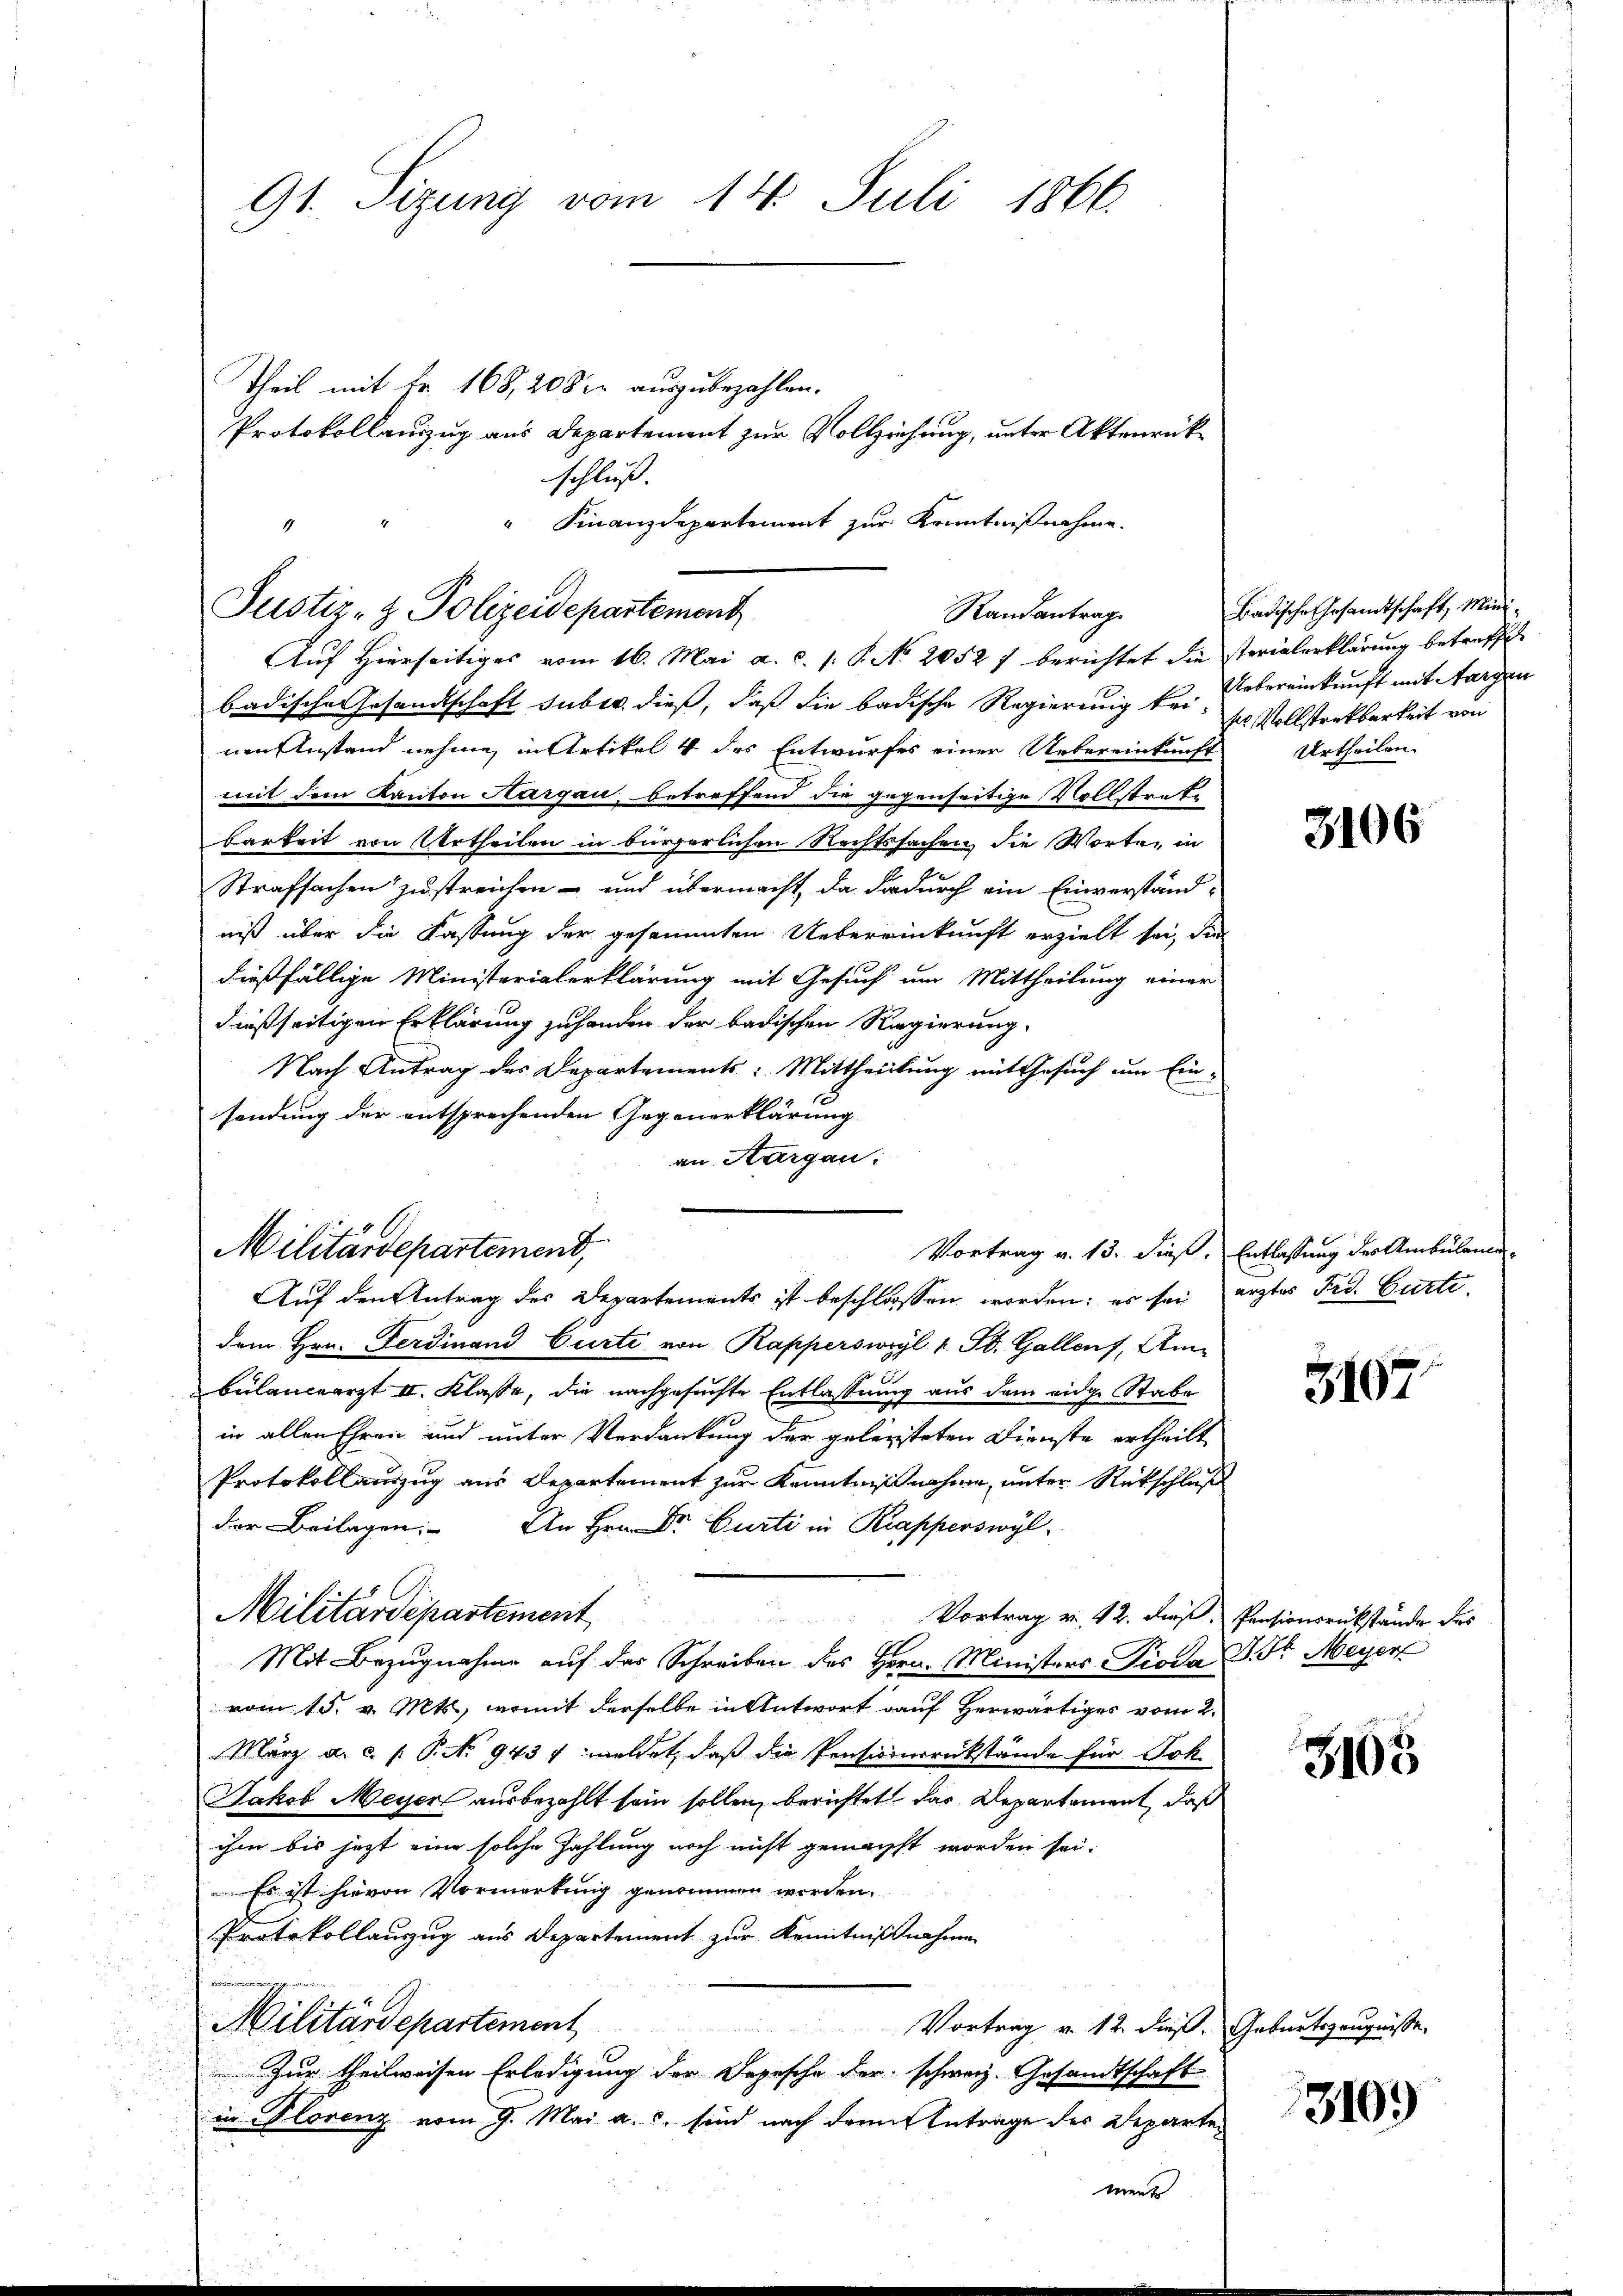
Theil mit Fr. 168,2082 auszubezahlen.
Protokollanzug aus Departement zur Vollziehung, unter Aktenrückschluß.
" Finanzdepartement zur Kenntnißnahme.

Justiz- & Polizeidepartement
Randantrag
Auf Hierseitiges vom 16. Mai a. c. s. P. No 20527 berichtet die sterialerklärung betreffet

91. Sizung vom 14. Juli 1866.

Militärdepartement,
Vortrag v. 13. dieß, Entlassung des Ambulane
Auf den Antrag des Departements ist beschlossen worden; es sei erztes Frd. Gurte

badische Gesandtschaft suber dieß, daß die badische Regierung für Uebereinkunft mit argen
um Anstand nehme, in Artikel 4 des Entwurfes einer Uebereinkunft Urtheilen
mit dem Kanton Aargau, betreffend die gegenseitige Vollstrate
Barkeit von Urtheilen in bürgerlichen Rechtssachen, die Worten in
Strafsachen zustreichen- und übermacht, da dadurch ein Einverständniß über die Fassung der gesammten Uebereinkunft erzielt sei, die
dießfällige Ministerialerklärung mit Gesuch um Mittheilung einer
dießseitigen Erklärung zu handen der badischen Regierung
Nach Antrag des Departements: Mittheilung mit Gesuch um Einsendung der entsprechenden Gegenerklärung
an Thurgau:

Badische Gesandtschaft, Mini¬
Er Vollstreckbarkeit von

dem Hrn. Ferdinand Curti von Rapperswyl 1 St. Gallens, Am
bülanceärzt II. Klasse, die nachgesuchte Entlassung aus dem eidge Stabe
in allen Ehren und unter Verdankung der geleisteten Dienste ertheilt
Protokollauszug aus Departement zur Kenntniß nahme, unter Rückschluß
der Beilagen: An Hrn. Dr. Curti in Krapperswyl,
Militärdepartement
Vortrag v. 12. dieß. Pensionsrükstände des
Mit Bezugnahme auf der Schreiben des Herr Ministers Pioda S. Fr. Meyer
vom 15. v. Mts., womit derselbe in Antwort auf herwärtiges vom 2.
März a. c. f. P. No 9437 meldet, daß die Pensionsrückstände für Dok
Jakob Meyer ausbezahlt sein sollen, berichtet das Departement, daß
ihm bis jetzt eine solche Zahlung noch nicht gemacht worden sei.
Es ist hievon Vormerkung genommen worden.
Protokollauzug aus Departement zur Kenntnißnahmen
Militärdepartement
Vortrag v. 12 dieß. Geburtsze
Zur theilweisen Erledigung der Depesche der schweiz. Gesandtschaft
in Florenz vom 9. Mai a.c. sind nach dem Antrage der Departe

3106

5107

3108

gnisse,

3109